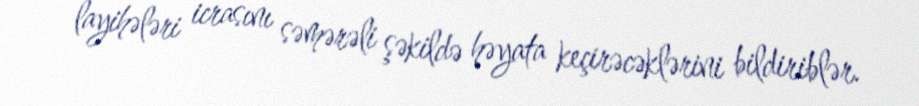
layihələri icrasını səmərəli şəkildə həyata keçirəcəklərini bildiriblər.